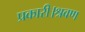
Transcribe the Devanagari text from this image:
प्रकारी।श्रवण